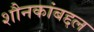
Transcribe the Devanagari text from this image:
शौनकांबद्दल